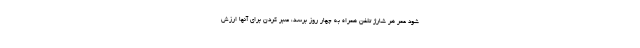
شود عمر هر شارژ تلفن همراه به چهار روز برسد، صبر کردن برای آنها ارزش